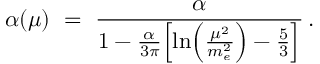
\alpha ( \mu ) \ = \ { \frac { \alpha } { 1 - { \frac { \alpha } { 3 \pi } } \Bigl [ \ln \Bigl ( { \frac { \mu ^ { 2 } } { m _ { e } ^ { 2 } } } \Bigr ) - { \frac { 5 } { 3 } } \Bigr ] } } \, .